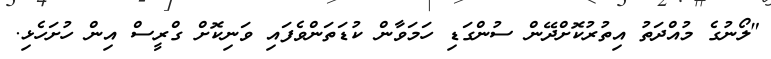
"ލޯނުގެ މުއްދަތު އިތުރުކޮށްދޭން ސުންގަޑި ހަމަވާން ކުޑަތަންވެފައި ވަނިކޮށް ގްރީސް އިން ހުށަހެޅި.